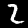
Label: 2